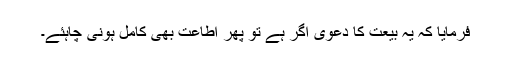
فرمایا کہ یہ بیعت کا دعویٰ اگر ہے تو پھر اطاعت بھی کامل ہونی چاہئے۔